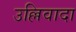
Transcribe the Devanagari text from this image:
उल्लिवादा